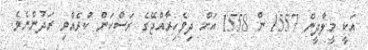
އަކީ މީލާދީން 1557 ން 1558 އަށް ދިވެހިރާއްޖޭގެ ރަސްކަން ކުރެއްވި ރަދުންނެވެ.